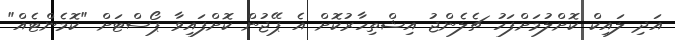
އަދި ލައިކް ކޮށްލުމަށްފަހު ޗެލެންޖު އިޝްތިހާރުކޮށް އެ ޕޭޖުން ކޮށްފައިވާ ޕޯސްޓަށް "ކޮމެންޓެއް"